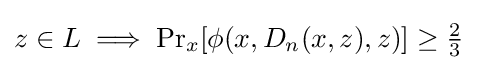
z\in L\implies \Pr \nolimits _{x}[\phi (x,D_{n}(x,z),z)]\geq {\tfrac {2}{3}}